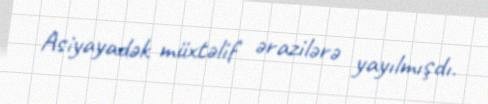
Asiyayadək müxtəlif ərazilərə yayılmışdı.